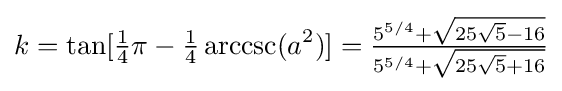
k=\tan[{\tfrac {1}{4}}\pi -{\tfrac {1}{4}}\operatorname {arccsc} (a^{2})]={\tfrac {5^{5/4}+{\sqrt {25{\sqrt {5}}-16}}}{5^{5/4}+{\sqrt {25{\sqrt {5}}+16}}}}